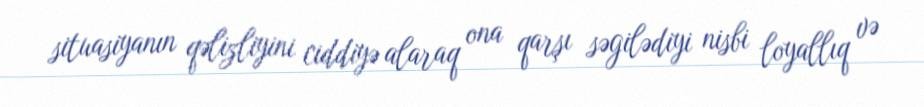
situasiyanın qəlizliyini ciddiyə alaraq ona qarşı səgilədiyi nisbi loyallıq və